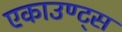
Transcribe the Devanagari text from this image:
एकाउण्ट्स